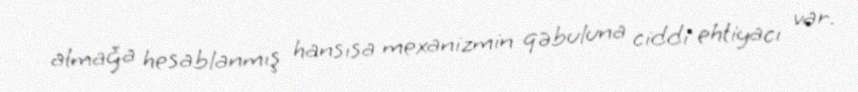
almağa hesablanmış hansısa mexanizmin qəbuluna ciddi ehtiyacı var.